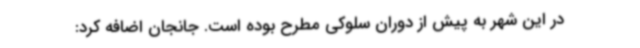
در این شهر به پیش از دوران سلوکی مطرح بوده است. جانجان اضافه کرد: